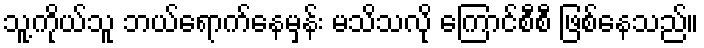
သူ့ကိုယ်သူ ဘယ်ရောက်နေမှန်း မသိသလို ကြောင်စီစီ ဖြစ်နေသည်။